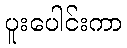
ပူးပေါင်းကာ